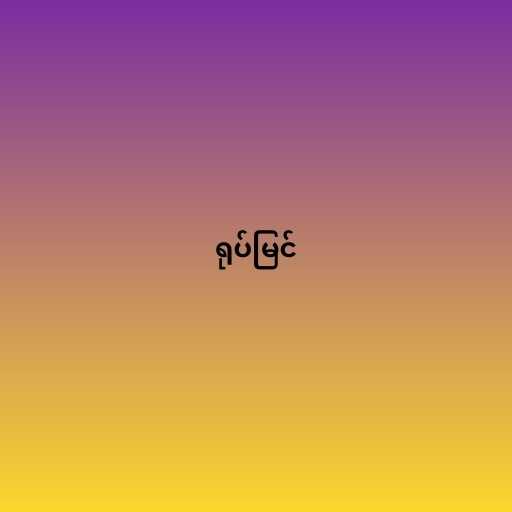
ရုပ်မြင်